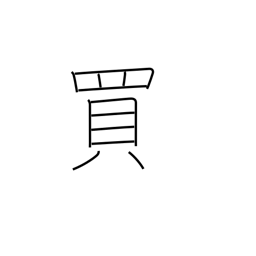
Meaning: buy